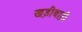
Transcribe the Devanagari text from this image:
खड़ीबाड़ी